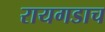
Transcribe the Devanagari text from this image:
रायगडाच